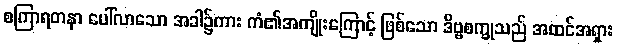
စကြာရတနာ ပေါ်လာသော အခါ၌ကား ကံ၏အကျိုးကြောင့် ဖြစ်သော ဒိဗ္ဗစက္ခုသည် အထင်အရှား